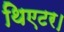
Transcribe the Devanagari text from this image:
थिएटर।